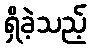
ရှိခဲ့သည့်